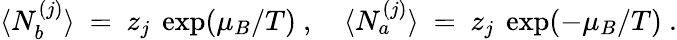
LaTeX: \langle N_{b}^{(j)}\rangle~=~z_{j}~\exp(\mu_{B}/T)~,~~~~\langle N_{a}^{(j)}\rangle~=~z_{j}~\exp(-\mu_{B}/T)~.